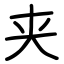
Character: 夹